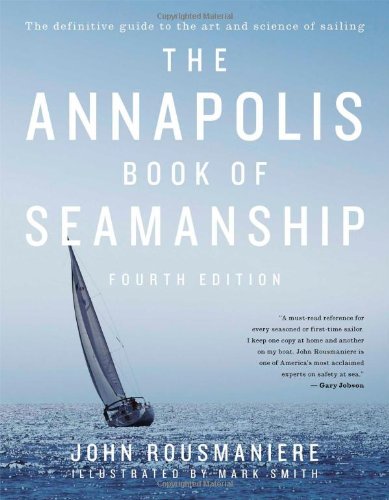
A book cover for The Annapolis Book of Seamanship: Fourth Edition; John Rousmaniere; Reference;